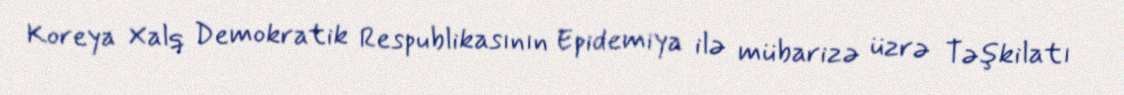
Koreya Xalq Demokratik Respublikasının Epidemiya ilə mübarizə üzrə Təşkilatı